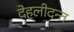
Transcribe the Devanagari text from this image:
देहलीदन्त